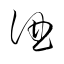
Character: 酒